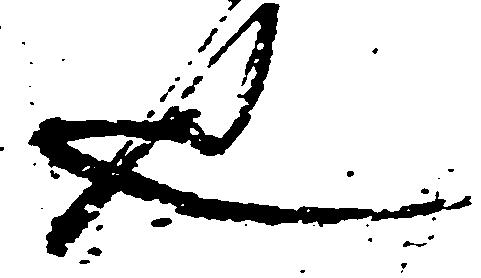
也